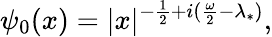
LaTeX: \psi_{0}(x)=|x|^{-\frac{1}{2}+i(\frac{\omega}{2}-\lambda_{*})},